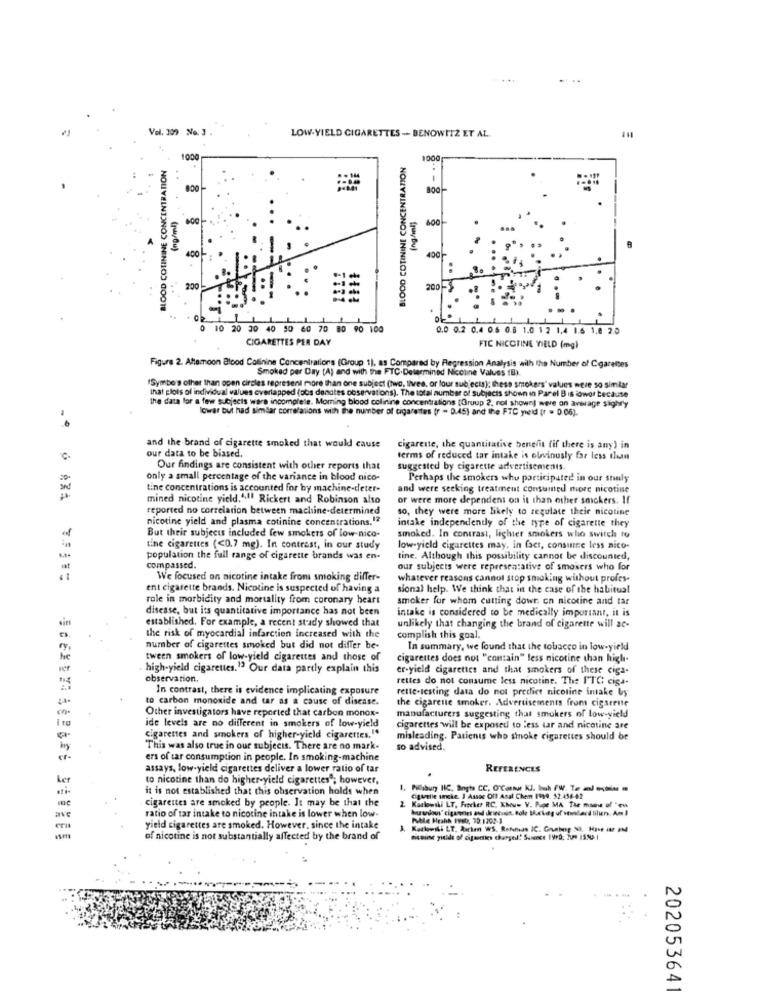
Vel. 309 No. 3 .
LOW-YIELD CIGARETTES - BENOWITZ ET AL.
BLOOD COTININE CONCENTRATION
1000
BLOOD COTININE CONCENTRATION
1000-
- 8
(ng /ml).
400
400
200
10 20 30 40 50 60 70 80 90 100
0.0 0.2 0.4 0.6 0.8 1.0 1 2 1,4 1.6 1.0 2.0
CIGARETTES PER DAY
FIC NICOTINE YIELD (mg)
Figure 2. Attamoon Blood Colinine Concentrations (Group 1), as Compared by Regression Analysis with the Number of Cigarettes
Smoked per Day (A) and with the FTC.Determined Nicotine Values (E).
Symbo's other than open circles represent more than one subject (two, tives, or four subjects); these smokers' values were so similar
Ihat plots of individual values evertapped (obs denotes observations). The total number of Subjects shown in Panel Bis lowor because
the data for a few subjects ware incomplele. Moring blood colinine concentrations [Gruup 2, rol shown] were on average sighry
Towar but had simdar correlations with the number of cigarettes fr - D.45) and the FTC yield [r = 0.06).
and the brand of cigarette smoked that would cause
our data to be biased.
cigarette, the quantitative benefit (if there is any) in
terms of reduced tar intake is obviously far less than
Our findings are consistent with other reports that
suggested by cigarette advertisements.
only a small percentage of the variance in blood nico-
Perhaps the smokers who participated in our staly
tine concentrations is accounted for by machine-deter-
and were seeking treatment consumed more nicotine
mined nicotine yield.41. Rickert and Robinson also
or were more dependent on it than other smokers. If
reported no correlation between machine-determined
so, they were more likely to regulate their nicotine
nicotine yield and plasma cotinine concentrations.12
intake independently of the type of cigarette they
But their subjects included few smokers of low nico-
smoked. In contrast, lighter smokers who switch to
tine cigarettes (<0.7 mg). In contrast, in our study
low-yield cigarettes may. in fact, consume less nico-
population the full range of cigarette brands was en-
tine. Although this possibility cannot be discounted,
compassed.
our subjects were representative of smokers who for
We focused on nicotine intake from smoking differ-
whatever reasons cannot stop smoking without profes-
ent cigarette brands. Nicotine is suspected of having a
sional help. We think that in the case of the habitual
role in morbidity and mortality from coronary heart
smoker for whom cutting dowr. on nicotine and tar
disease, but its quantitative importance has not been
intake is considered to be medically important, it is
established. For example, a recent study showed that
unlikely that changing the brand of cigarette will ac-
the risk of myocardial infarction increased with the
complish this goal.
number of cigarettes smoked but did not differ be-
In summary, we found that the tobacco in low-yield
tween smokers of low-yield cigarettes and those of
cigarettes does not "contain" less nicotine than high-
high-yield cigarettes.13 Our data partly explain this
er-yield cigarettes and that smokers of these ciga-
observation,
rettes do not consume less nicotine. The FIC ciga-
In contrast, there is evidence implicating exposure
rette-testing data do not predict nicoline intake by
to carbon monoxide and tar as a cause of disease.
the cigarette smoker. Advertisements from cigsrente
Other investigators have reported that carbon monox-
manufacturers suggesting that smokers of low-yield
i to
ide levels are no different in smokers of low-yield
cigarettes will be exposed to less tar and nicotine are
cigarettes and smokers of higher-yield cigarettes."
misleading. Patients who sinoke cigarettes should be
This was also true in our subjects. There are no mark-
so advised.
er -
ers of tar consumption in people. In smoking-machine
assays, low-yield cigarettes deliver a lower ratio of tar
REFERENCES
Ler
to nicotine than do higher-yield cigarettes ; however,
it is not established that this observation holds when
1. Maiburg HIC, Bogh CC. O'Canwe KJ. boh (W. Te al -soins m
cigarettes are smoked by people. It may be that the
quelle ucke. ] Assoc Off Asal Chem 1999. 32:454-42
Kaslowski LT. Fischer RC. KMuw V. Pape MA The man of "ou
ave
ratio of tar intake to nicotine intake is lower when low-
Puble Hrahh F980, 20:1203-1
yield cigarettes are smoked. However, since the intake
3. Koslowski LT. Auchen WWS. Refumas IC. Grunberg 53, Have It2 PM
wm
of nicotine is not substantially affected by the brand of
nicoise yitids of cigsecties charged! Sunece 1999: 20- 150 |
202053641